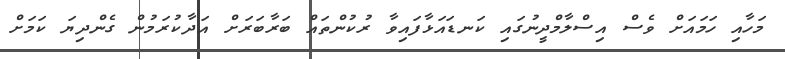
މަހާއި ހަމައަށް ވެސް އިސްލާމްދީނުގައި ކަނޑައަޅާފައިވާ ރުކުންތައް ބަރާބަރަށް އަދާކުރަމުން ގެންދިޔަ ކަމަށް